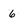
Character: 6